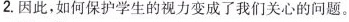
2. 因此，如何保护学生的视力变成了我们关心的问题。